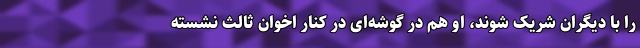
را با دیگران شریک شوند، او هم در گوشه‌ای در کنار اخوان ثالث نشسته